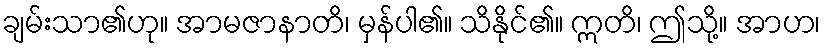
ချမ်းသာ၏ဟု။ အာမဇာနာတိ၊ မှန်ပါ၏။ သိနိုင်၏။ ဣတိ၊ ဤသို့။ အာဟ၊